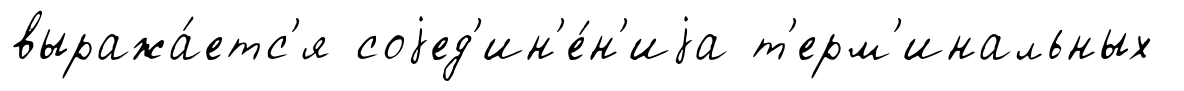
выража́етс'я соjед'ин'е́н'иjа т'ерм'инальных